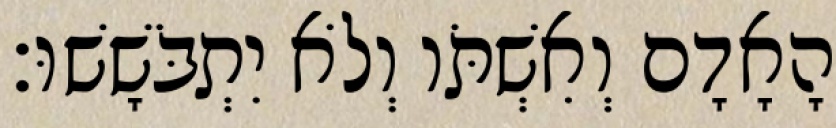
הָאָדָם וְאִשְׁתֹּו וְלֹא יִתְבֹּשָׁשׁוּ׃